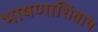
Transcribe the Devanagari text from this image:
भाषणाशिवाय